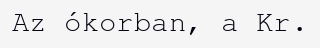
Az ókorban, a Kr.